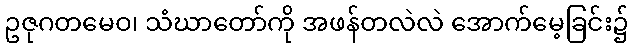
ဥဇုဂတမေဝ၊ သံဃာတော်ကို အဖန်တလဲလဲ အောက်မေ့ခြင်း၌